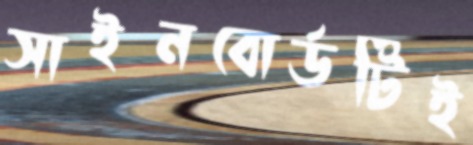
সাইনবোর্ডটিই